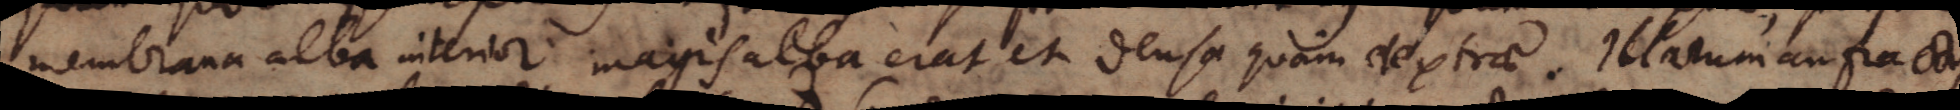
membrana alba interior magis alba erat et densa quam dextrae. Illarum anfractus